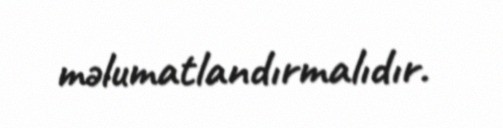
məlumatlandırmalıdır.